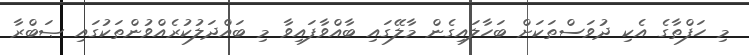
މި ހަފްތާގެ އެކި ދުވަސްތަކަށް ބަހާލައިގެން މާލޭގައި ބާއްވާފައިވާ މި ބައްދަލުކުރެއްވުންތަކުގައި ޞަބްރާ